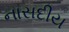
નાસદીય